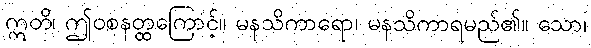
ဣတိ၊ ဤဝစနတ္ထကြောင့်။ မနသိကာရော၊ မနသိကာရမည်၏။ သော၊